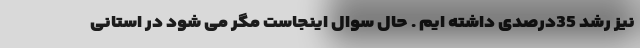
نیز رشد 35درصدی داشته ایم . حال سوال اینجاست مگر می شود در استانی